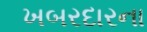
ખબરદારના